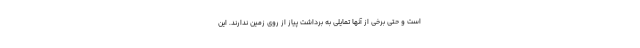
است و حتی برخی از آنها تمایلی به برداشت پیاز از روی زمین ندارند. این